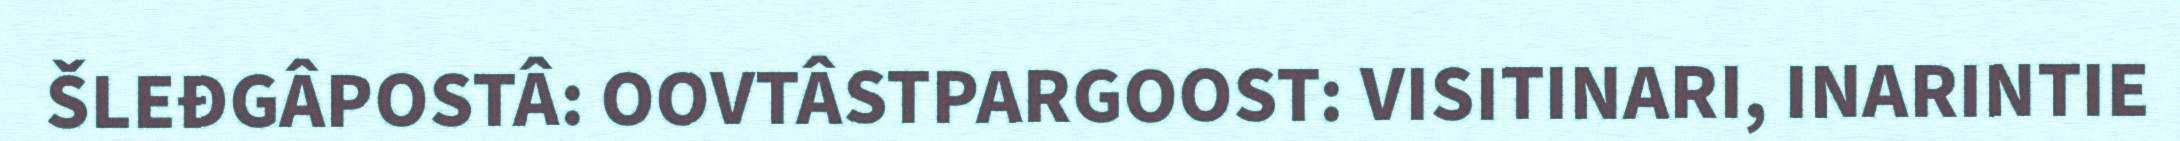
ŠLEĐGÂPOSTÂ: OOVTÂSTPARGOOST: VISITINARI, INARINTIE